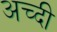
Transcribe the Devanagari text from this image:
अच्दी